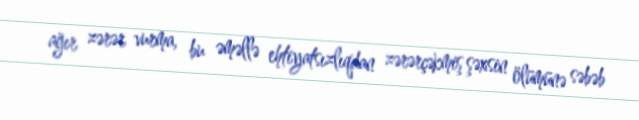
ağır zərər vurma, bu əməllə ehtiyatsızlıqdan zərərçəkmiş şəxsin ölümünə səbəb